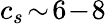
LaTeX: c_{s}\! \sim\! 6\! -\! 8